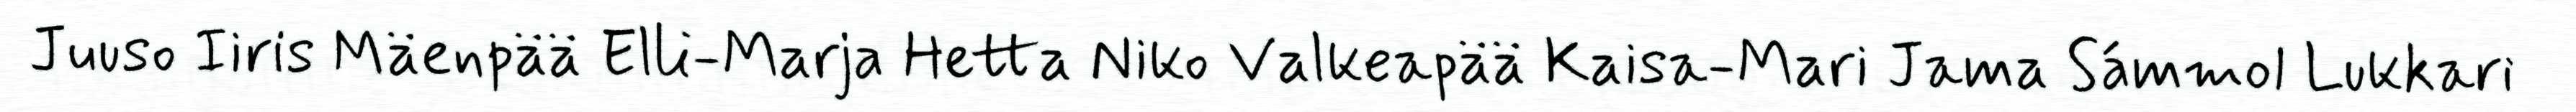
Juuso Iiris Mäenpää Elli-Marja Hetta Niko Valkeapää Kaisa-Mari Jama Sámmol Lukkari